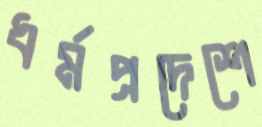
ধর্মপ্রদেশে